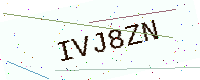
Text: IVJ8ZN